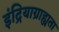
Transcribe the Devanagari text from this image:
इंद्रियाग्राह्यता